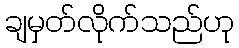
ချမှတ်လိုက်သည်ဟု